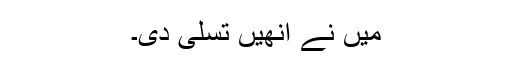
میں نے انھیں تسلی دی۔